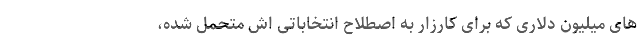
های میلیون دلاری که برای کارزار به اصطلاح انتخاباتی اش متحمل شده،